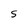
Character: S